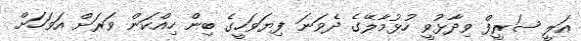
އަލީ ޝަރީފް ވިދާޅުވީ ހުޅުމާލޭގެ ދެވަނަ ފިޔަވަހީގެ ބިން ހިއްކަން ވަރަށް އަވަހަށް